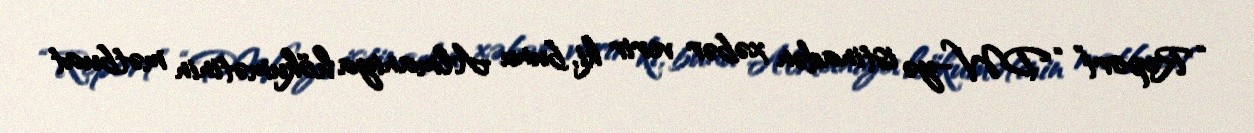
“Report” “DW”-yə istinadən xəbər verir ki, bunu Almaniya hökumətinin mətbuat